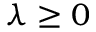
\lambda \geq 0